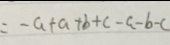
= - a + a + b + c - a - b - c